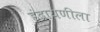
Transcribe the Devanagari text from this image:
इंद्रायणीला